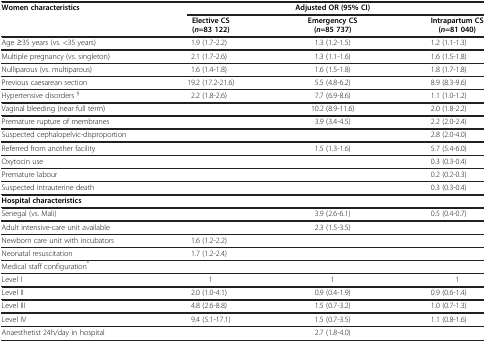
| Women characteristics |  | Adjusted OR (95% CI) |  |
 |  | Elective CS (n=83 122) | Emergency CS (n=85 737) | Intrapartum CS (n=81 040) |
 | --- | --- | --- | --- |
 | Age ≥35 years (vs. <35 years) | 1.9 (1.7-2.2) | 1.3 (1.2-1.5) | 1.2 (1.1-1.3) |
 | Multiple pregnancy (vs. singleton) | 2.1 (1.7-2.6) | 1.3 (1.1-1.6) | 1.6 (1.5-1.8) |
 | Nulliparous (vs. multiparous) | 1.6 (1.4-1.8) | 1.6 (1.5-1.8) | 1.8 (1.7-1.8) |
 | Previous caesarean section | 19.2 (17.2-21.6) | 5.5 (4.8-6.2) | 8.9 (8.3-9.6) |
 | Hypertensive disorders § | 2.2 (1.8-2.6) | 7.7 (6.9-8.6) | 1.1 (1.0-1.2) |
 | Vaginal bleeding (near full term) |  | 10.2 (8.9-11.6) | 2.0 (1.8-2.2) |
 | Premature rupture of membranes |  | 3.9 (3.4-4.5) | 2.2 (2.0-2.4) |
 | Suspected cephalopelvic-disproportion |  |  | 2.8 (2.0-4.0) |
 | Referred from another facility |  | 1.5 (1.3-1.6) | 5.7 (5.4-6.0) |
 | Oxytocin use |  |  | 0.3 (0.3-0.4) |
 | Premature labour |  |  | 0.2 (0.2-0.3) |
 | Suspected intrauterine death |  |  | 0.3 (0.3-0.4) |
 | Hospital characteristics |  |  |  |
 | Senegal (vs. Mali) |  | 3.9 (2.6-6.1) | 0.5 (0.4-0.7) |
 | Adult intensive-care unit available |  | 2.3 (1.5-3.5) |  |
 | Newborn care unit with incubators | 1.6 (1.2-2.2) |  |  |
 | Neonatal resuscitation | 1.7 (1.2-2.4) |  |  |
 | Medical staff configuration* |  |  |  |
 | Level I | 1 | 1 | 1 |
 | Level II | 2.0 (1.0-4.1) | 0.9 (0.4-1.9) | 0.9 (0.6-1.4) |
 | Level III | 4.8 (2.6-8.8) | 1.5 (0.7-3.2) | 1.0 (0.7-1.3) |
 | Level IV | 9.4 (5.1-17.1) | 1.5 (0.7-3.5) | 1.1 (0.8-1.6) |
 | Anaesthetist 24h/day in hospital |  | 2.7 (1.8-4.0) |  |